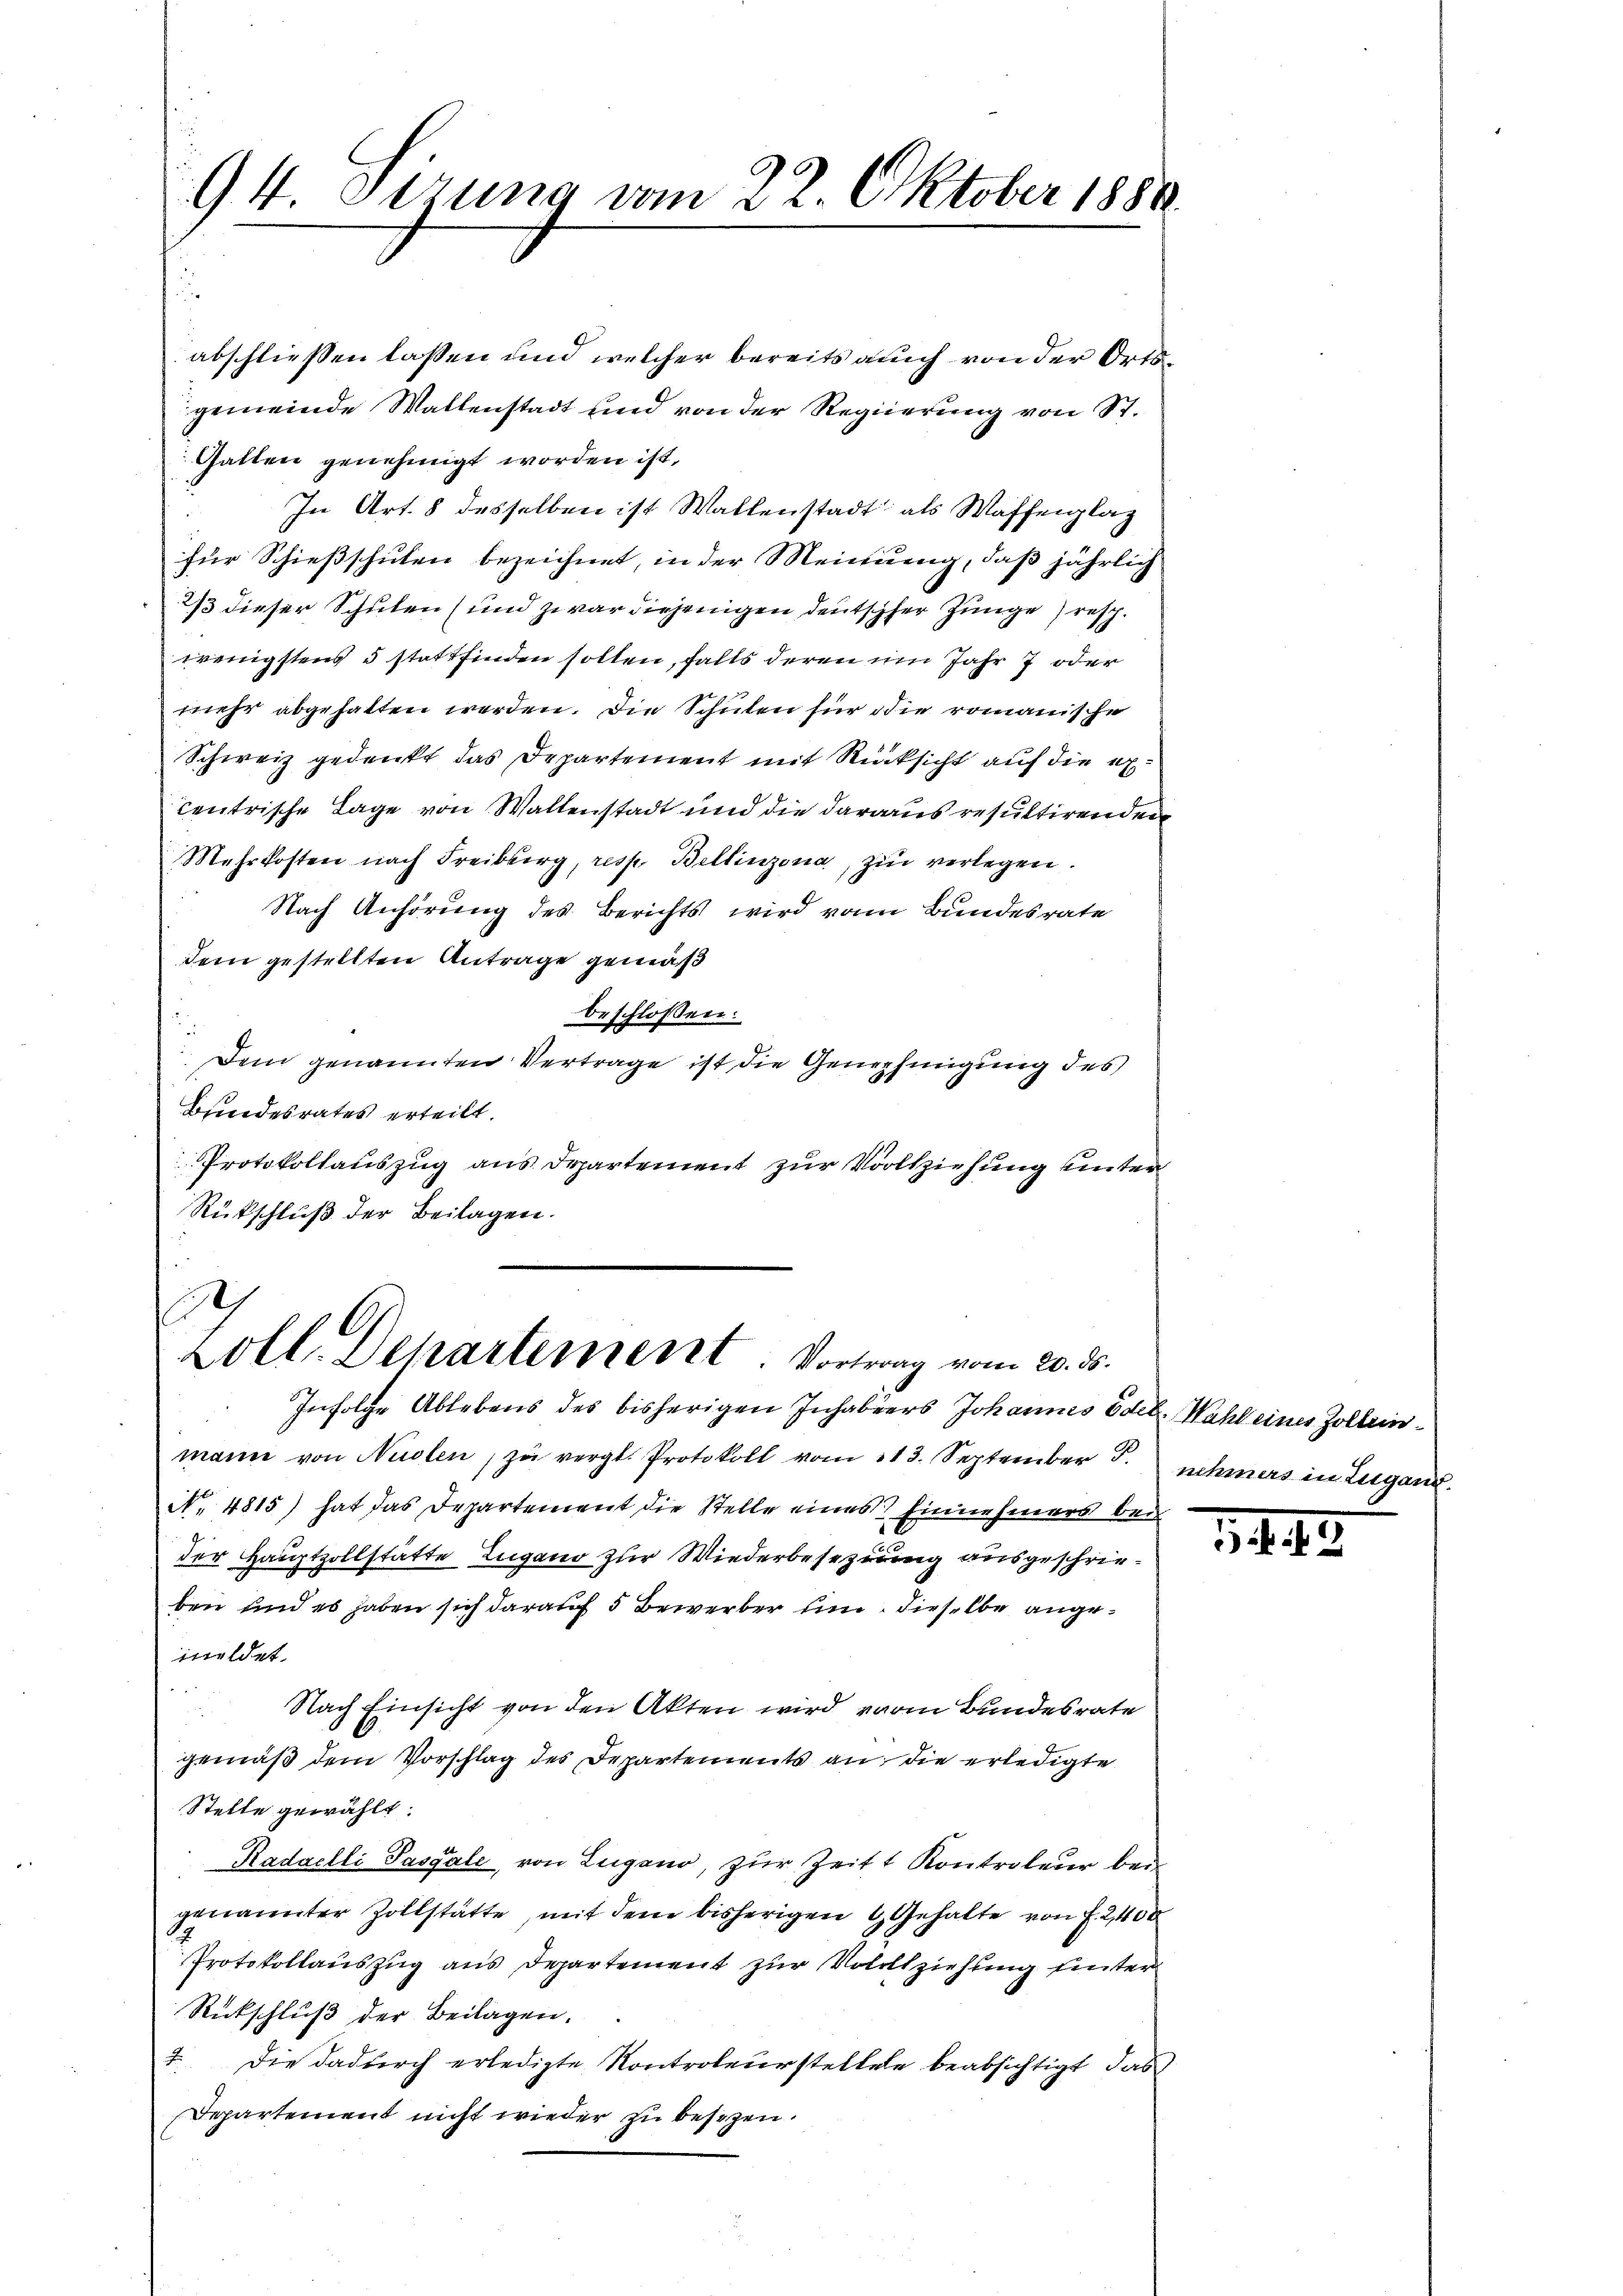
94. Sizung vom 22. Oktober 1880.

abschließen lassen und welcher bereits auch von der Ortsgemeinde Wallenstadt und von der Regierung von St.
Gatten genehmigt worden ist,
In Art. 8 desselben ist Waltenstadt als Waffenlag
für Schießschulen bezeichnet, in der Meinung, daß jährlich
23 dieser Schulen (und zwar diejenigen deutschher Zunge resch.
wenigstens 5 stattfinden sollen, falls deren um Jahr 7 oder
mehr abgehalten werden. Die Schulen für die romanische
Schweiz gedenkt das Departement mit Rücksicht auf die excentrische Lage von Wallenstadt und die daraus resultirenden
Mehrkosten nach Freiberg, resp. Bellinzona, zu verlegen.
Nach Anhörung des Berichts wird von Bundesrate
dem gestellten Antrage gemäß
beschlossen:
Dem genannten Vertrage ist die Genehmigung des
Bundesrates erteilt.
Protokollauszug aus Departement zur Vollziehung unter
Rückschluß der Beilagen.
Sch
Loll. Departement. Vortrag vom 20. ds.
Infolge Ablebens des bisherigen Inhabuers Johannes Edel. Wahl eines Zolleinmann von Nudlen, zu vergl. Protokoll vom 113. September J. nehmers in Lugand.
No. 4815) hat das Departement die Stelle eines Einnehmers bei
der Hauptzollstätte Zugano zur Wiederbesezung ausgeschrieben und es haben sich darauf 5 Bewerber um dieselbe angeimeldet.
Nach Einsicht von den Akten wird vom Bundesrate
gemäß dem Vorschlag des Departements an, die erledigte
Stelle gewählt:
Radaelli Passale, von Lugano, zur Zeit Kontroleur bei
genannter Zollstätte, mit dem bisherigen & Gehalte von f. 2,400
Protokollauszug aus Departement zur Vollziehung unter
Rückschluß der Beilagen.
2. Die dadurch erledigte Kontroleurstellele beabsichtigt, das
Departement nicht wieder zu besezen.

3.442